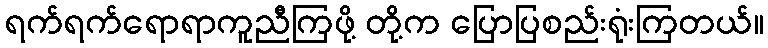
ရက်ရက်ရောရာကူညီကြဖို့ တို့က ပြောပြစည်းရုံးကြတယ်။